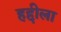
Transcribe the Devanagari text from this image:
हद्दीला